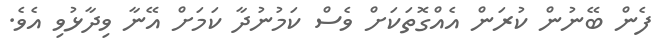
ފެން ބޭނުން ކުރަން އެއްގޮތަކަށް ވެސް ކަމުނުދާ ކަމަށް އޭނާ ވިދާޅުވި އެވެ.